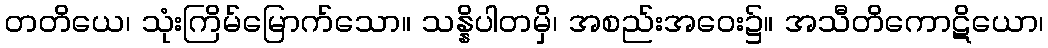
တတိယေ၊ သုံးကြိမ်မြောက်သော။ သန္နိပါတမှိ၊ အစည်းအဝေး၌။ အသီတိကောဋိယော၊